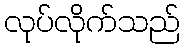
လုပ်လိုက်သည်